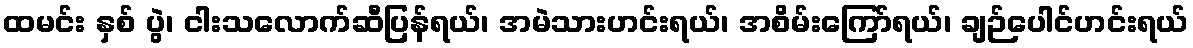
ထမင်း နှစ် ပွဲ၊ ငါးသလောက်ဆီပြန်ရယ်၊ အမဲသားဟင်းရယ်၊ အစိမ်းကြော်ရယ်၊ ချဉ်ပေါင်ဟင်းရယ်